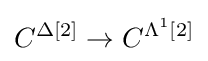
C^{\Delta [2]}\to C^{\Lambda ^{1}[2]}